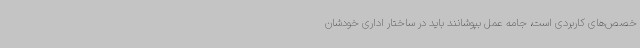
خصص‌های کاربردی است، جامه عمل بپوشانند باید در ساختار اداری خودشان